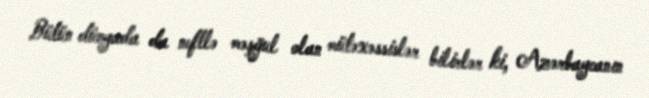
Bütün dünyada da neftlə məşğul olan mütəxəssislər bilirlər ki, Azərbaycanın